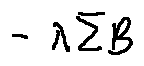
- \lambda \sum B